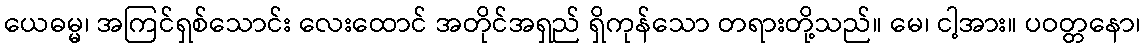
ယေဓမ္မ၊ အကြင်ရှစ်သောင်း လေးထောင် အတိုင်အရှည် ရှိကုန်သော တရားတို့သည်။ မေ၊ ငါ့အား။ ပဝတ္တနော၊